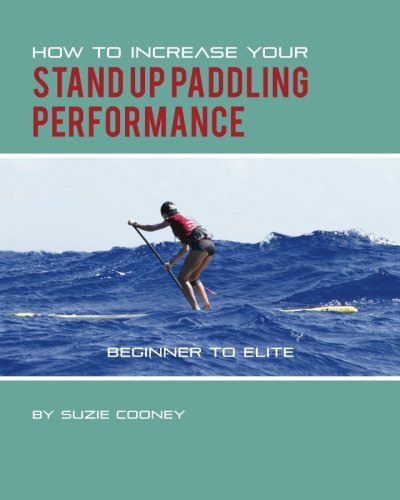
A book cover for How to Increase Your Stand Up Paddling Performance; Suzie Cooney; Sports & Outdoors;